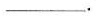
___.